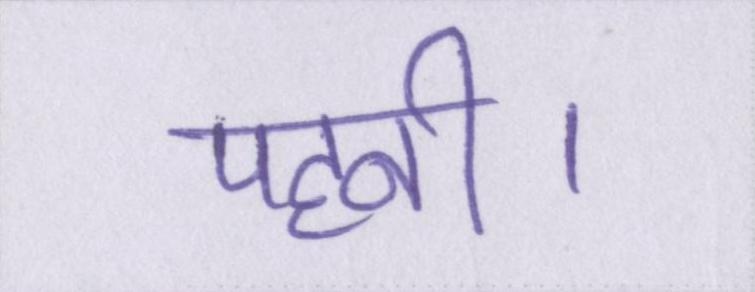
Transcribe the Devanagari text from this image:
पहनी।